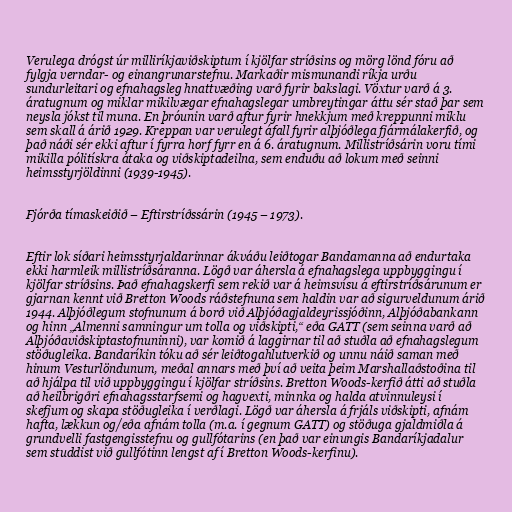
Verulega drógst úr milliríkjaviðskiptum í kjölfar stríðsins og mörg lönd fóru að
fylgja verndar- og einangrunarstefnu. Markaðir mismunandi ríkja urðu
sundurleitari og efnahagsleg hnattvæðing varð fyrir bakslagi. Vöxtur varð á 3.
áratugnum og miklar mikilvægar efnahagslegar umbreytingar áttu sér stað þar sem
neysla jókst til muna. En þróunin varð aftur fyrir hnekkjum með kreppunni miklu
sem skall á árið 1929. Kreppan var verulegt áfall fyrir alþjóðlega fjármálakerfið, og
það náði sér ekki aftur í fyrra horf fyrr en á 6. áratugnum. Millistríðsárin voru tími
mikilla pólitískra átaka og viðskiptadeilna, sem enduðu að lokum með seinni
heimsstyrjöldinni (1939-1945).

Fjórða tímaskeiðið – Eftirstríðssárin (1945 – 1973).

Eftir lok síðari heimsstyrjaldarinnar ákváðu leiðtogar Bandamanna að endurtaka
ekki harmleik millistríðsáranna. Lögð var áhersla á efnahagslega uppbyggingu í
kjölfar stríðsins. Það efnahagskerfi sem rekið var á heimsvísu á eftirstríðsárunum er
gjarnan kennt við Bretton Woods ráðstefnuna sem haldin var að sigurveldunum árið
1944. Alþjóðlegum stofnunum á borð við Alþjóðagjaldeyrissjóðinn, Alþjóðabankann
og hinn „Almenni samningur um tolla og viðskipti,“ eða GATT (sem seinna varð að
Alþjóðaviðskiptastofnuninni), var komið á laggirnar til að stuðla að efnahagslegum
stöðugleika. Bandaríkin tóku að sér leiðtogahlutverkið og unnu náið saman með
hinum Vesturlöndunum, meðal annars með því að veita þeim Marshallaðstoðina til
að hjálpa til við uppbyggingu í kjölfar stríðsins. Bretton Woods-kerfið átti að stuðla
að heilbrigðri efnahagsstarfsemi og hagvexti, minnka og halda atvinnuleysi í
skefjum og skapa stöðugleika í verðlagi. Lögð var áhersla á frjáls viðskipti, afnám
hafta, lækkun og/eða afnám tolla (m.a. í gegnum GATT) og stöðuga gjaldmiðla á
grundvelli fastgengisstefnu og gullfótarins (en það var einungis Bandaríkjadalur
sem studdist við gullfótinn lengst af í Bretton Woods-kerfinu).